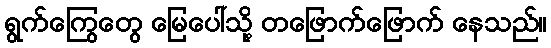
ရွက်ကြွေတွေ မြေပေါ်သို့ တဖြောက်ဖြောက် နေသည်။